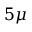
5 \mu